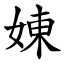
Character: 娻